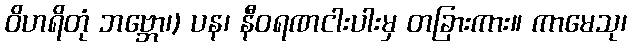
ဝိဟရိတုံ ဘဗ္ဘော၊) ပန၊ နီဝရဏငါးပါးမှ တခြားကား။ ကာမေသု၊